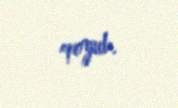
qoyub.